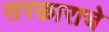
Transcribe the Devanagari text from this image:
सरकाराचे